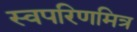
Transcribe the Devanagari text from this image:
स्वपरिणमित्र